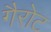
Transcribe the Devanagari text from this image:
गैरोट